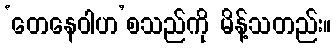
‘တေနေဝါဟ’စသည်ကို မိန့်သတည်း။